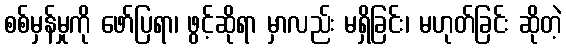
စစ်မှန်မှုကို ဖော်ပြရာ၊ ဖွင့်ဆိုရာ မှာလည်း မရှိခြင်း၊ မဟုတ်ခြင်း ဆိုတဲ့